Source: Computer-generated
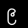
Digit: ၉ (9)